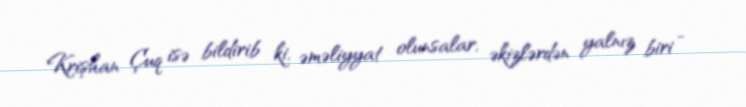
Krişhan Çuq isə bildirib ki, əməliyyat olunsalar, əkizlərdən yalnız biri -